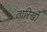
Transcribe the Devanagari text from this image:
तारिखों